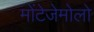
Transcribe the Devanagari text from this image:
मोंटेजेमोलो